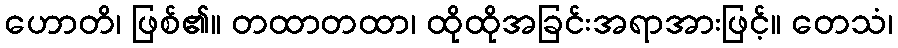
ဟောတိ၊ ဖြစ်၏။ တထာတထာ၊ ထိုထိုအခြင်းအရာအားဖြင့်။ တေသံ၊